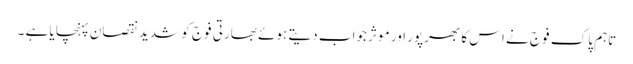
تاہم پاک فوج نے اس کا بھرپور اور موثر جواب دیتے ہوئے بھارتی فوج کو شدید نقصان پہنچایا ہے ۔